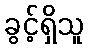
ခွင့်ရှိသူ